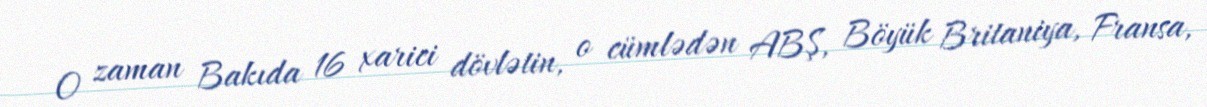
O zaman Bakıda 16 xarici dövlətin, o cümlədən ABŞ, Böyük Britaniya, Fransa,